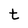
Character: t